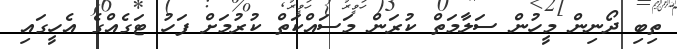
ތިބި ދޯނިން މީހުން ސަލާމަތް ކުރަން މަސައްކަތް ކުރުމަށް ފަހު ޓަގެއްގެ އެހީގައި